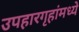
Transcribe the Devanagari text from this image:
उपहारगृहांमध्ये